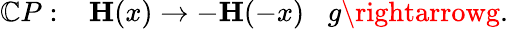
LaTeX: \mathbb{C}P:\; \; \; {\mathbf{H}(x)}\rightarrow-{\mathbf{H}(-x)}\; \; \; g\rightarrowg.